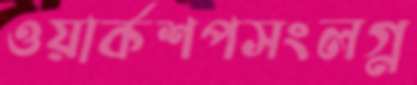
ওয়ার্কশপসংলগ্ন